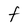
Character: F